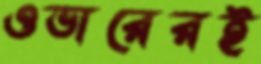
ওভারেরই